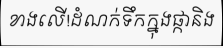
ខាងលើ!ដំណក់ទឹកក្នុងផ្កានិង